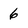
Character: 6